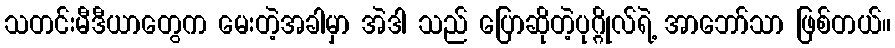
သတင်းမီဒီယာတွေက မေးတဲ့အခါမှာ အဲဒါ သည် ပြောဆိုတဲ့ပုဂ္ဂိုလ်ရဲ့ အာဘော်သာ ဖြစ်တယ်။